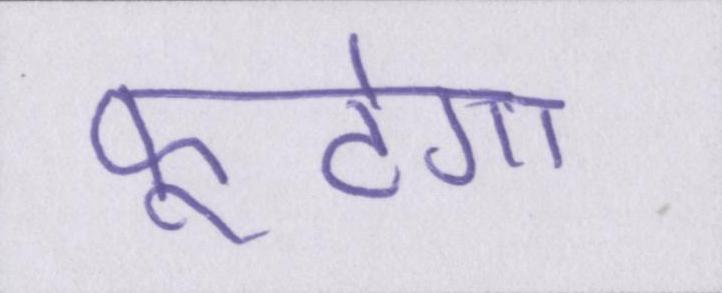
फूटेगा